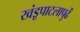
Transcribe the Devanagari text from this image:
खंडूपाटलापुढें